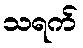
သရက်